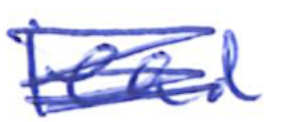
Text: lead
Cross-out: scratch
Writing tool: ballpoint